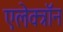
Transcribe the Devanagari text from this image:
एलेक्त्रॉन